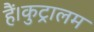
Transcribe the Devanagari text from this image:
हैं।कुट्रालम